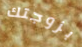
بزوجتك